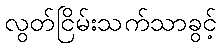
လွတ်ငြိမ်းသက်သာခွင့်